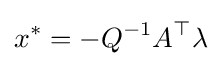
x^{*}=-Q^{-1}A^{\top }\lambda